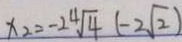
x _ { 2 } = - 2 4 \sqrt { 4 } ( - 2 \sqrt { 2 } )